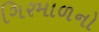
ગિરમાળનો